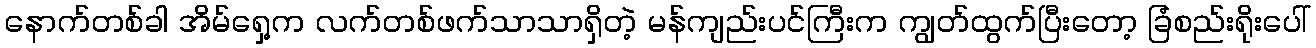
နောက်တစ်ခါ အိမ်ရှေ့က လက်တစ်ဖက်သာသာရှိတဲ့ မန်ကျည်းပင်ကြီးက ကျွတ်ထွက်ပြီးတော့ ခြံစည်းရိုးပေါ်